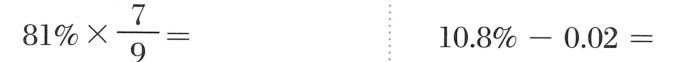
$$8 1 % \times \frac { 7 } { 9 } =$$ $$1 0 . 8 % - 0 . 0 2 =$$